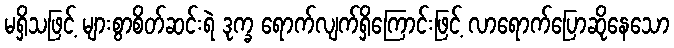
မရှိသဖြင့် များစွာစိတ်ဆင်းရဲ ဒုက္ခ ရောက်လျက်ရှိကြောင်းဖြင့် လာရောက်ပြောဆိုနေသော